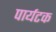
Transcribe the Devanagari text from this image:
पार्यटक